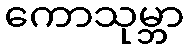
ကောသုမ္ဘာ